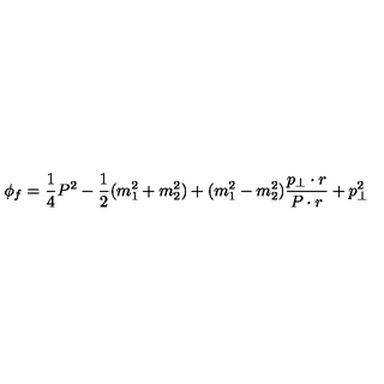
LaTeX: \phi _ { f } = \frac { 1 } { 4 } P ^ { 2 } - \frac { 1 } { 2 } ( m _ { 1 } ^ { 2 } + m _ { 2 } ^ { 2 } ) + ( m _ { 1 } ^ { 2 } - m _ { 2 } ^ { 2 } ) \frac { p _ { \bot } \cdot r } { P \cdot r } + p _ { \bot } ^ { 2 }